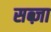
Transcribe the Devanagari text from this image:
सब्ज़ा